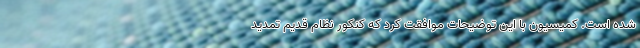
شده است. کمیسیون با این توضیحات موافقت کرد که کنکور نظام قدیم تمدید